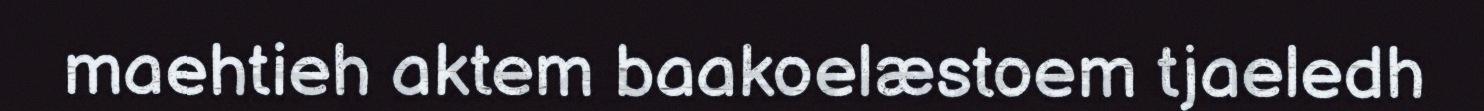
maehtieh aktem baakoelæstoem tjaeledh